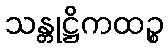
သန္တုဋ္ဌိကထဉ္စ